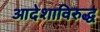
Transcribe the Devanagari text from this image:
आदेशाविरुद्ध